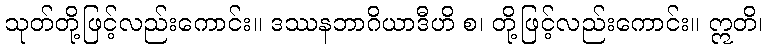
သုတ်တို့ဖြင့်လည်းကောင်း။ ဒဿနဘာဂိယာဒီဟိ စ၊ တို့ဖြင့်လည်းကောင်း။ ဣတိ၊